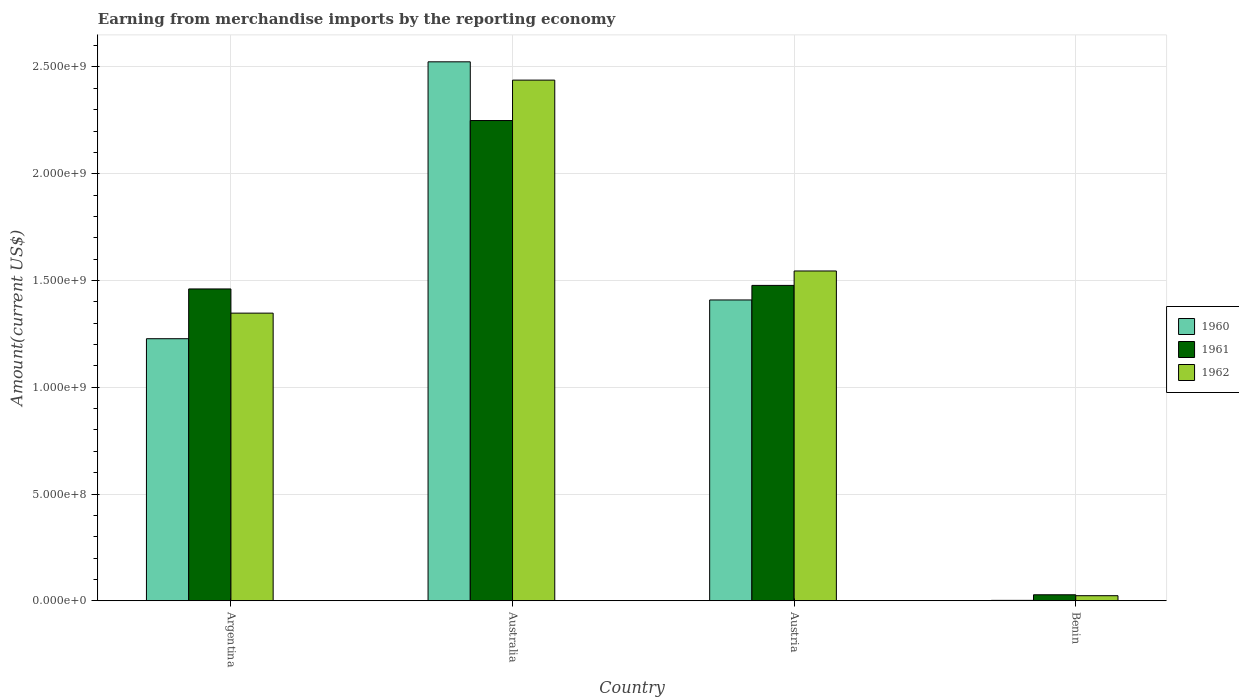
| Country | 1960 | 1961 | 1962 |
 | --- | --- | --- | --- |
 | Argentina | 1.23e+09 | 1.46e+09 | 1.35e+09 |
 | Australia | 2.52e+09 | 2.25e+09 | 2.44e+09 |
 | Austria | 1.41e+09 | 1.48e+09 | 1.54e+09 |
 | Benin | 1.9e+06 | 2.81e+07 | 2.38e+07 |